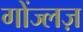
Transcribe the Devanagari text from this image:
गोंज्लज़